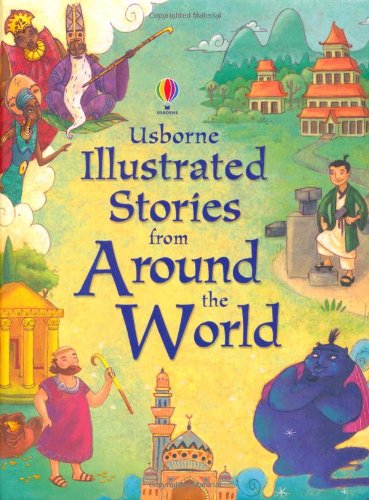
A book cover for Illustrated Stories from Around the World (Illustrated Story Collections); Children's Books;